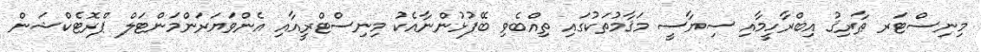
މިނިސްޓަރ ޠާރިޤު އިބްރާހީމާއި ސިޔާސީ މަޤާމުތަކުގައި ތިއްބެވި ބޭފުޅުންނާއެކު މިނިސްޓްރީއާއި އެންވަޔަރަންމަންޓަލް ޕްރޮޓެކްޝަން